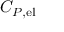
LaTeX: C _ { P , \mathrm { { e l } } }